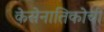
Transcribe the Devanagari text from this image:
केसेनातिकोची